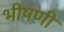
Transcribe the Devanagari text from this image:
भीषणी